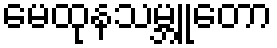
မေထုနသမ္ဘူတော